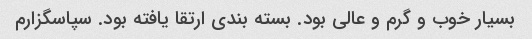
بسیار خوب و گرم و عالی بود. بسته بندی ارتقا یافته بود. سپاسگزارم